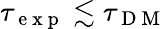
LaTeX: \tau_{\mathrm{~e~x~p~}}\lesssim\tau_{\mathrm{~D~M~}}